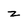
Character: z